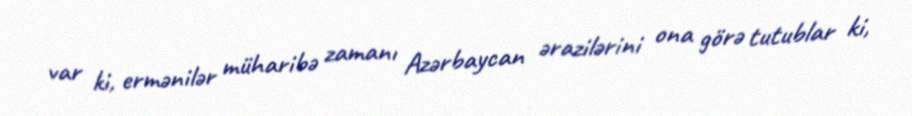
var ki, ermənilər müharibə zamanı Azərbaycan ərazilərini ona görə tutublar ki,